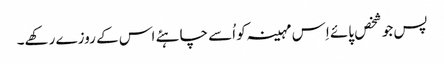
پس جو شخص پائے اِس مہینہ کو اُسے چاہئے اس کے روزے رکھے۔